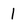
Character: l